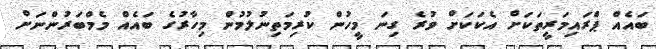
ބައެއް ޕްރައިމަރީތަކަށް އެކަކަށް ވުރެ ގިނަ މީހުން ކުރިމަތިނުލުމުން މިހާރުގެ ބައެއް މެމްބަރުންނަށް